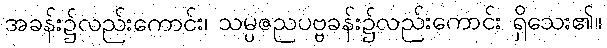
အခန်း၌လည်းကောင်း၊ သမ္ပဇညပဗ္ဗခန်း၌လည်းကောင်း ရှိသေး၏။